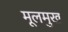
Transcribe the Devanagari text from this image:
मूलमुख